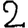
Digit: 2